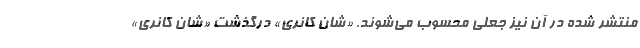
منتشر شده در آن نیز جعلی محسوب می‌شوند. «شان کانری» درگذشت «شان کانری»